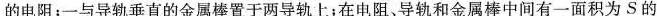
的电阻；一与导轨垂直的金属棒置于两导轨上；在电阻、导轨和金属棒中间有一面积为S的